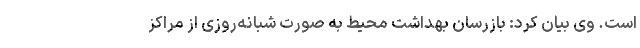
است. وی بیان کرد: بازرسان بهداشت محیط به صورت شبانه‌روزی از مراکز